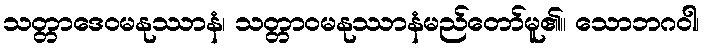
သတ္တာဒေဝမနုဿာနံ၊ သတ္တာဝမနုဿာနံမည်တော်မူ၏။ သောဘဂဝါ၊